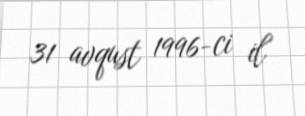
31 avqust 1996-ci il